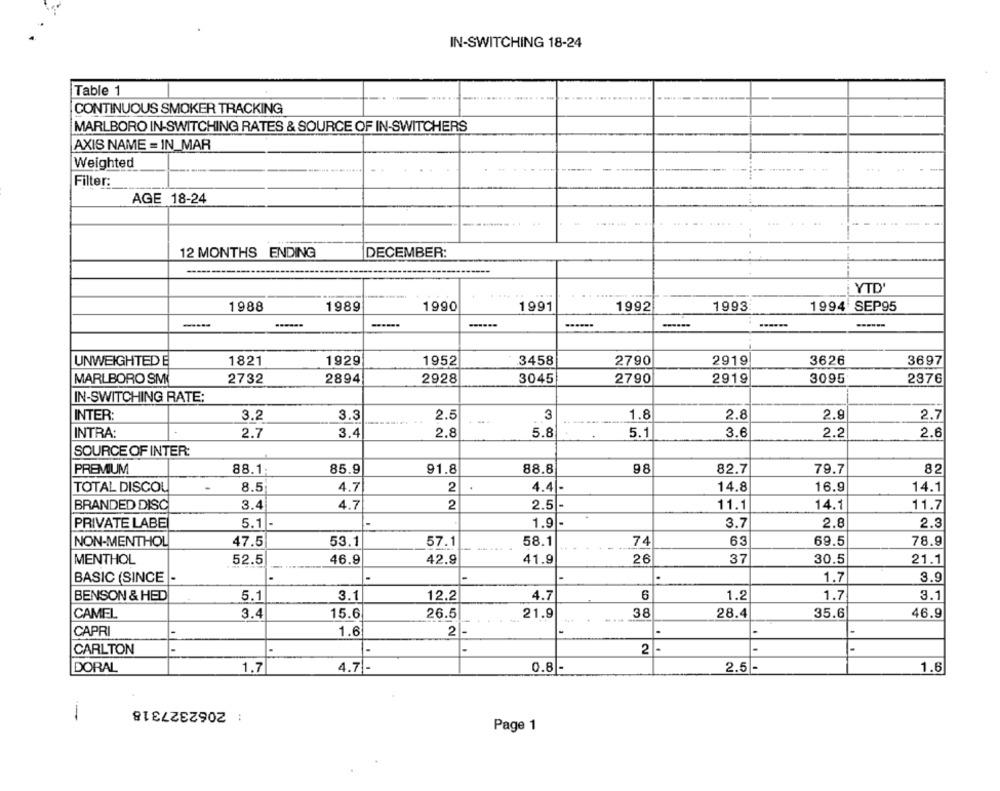
IN-SWITCHING 18-24
Table 1
CONTINUOUS SMOKER TRACKING
MARLBORO IN-SWITCHING RATES & SOURCE OF IN-SWITCHERS
AXIS NAME = IN_MAR
Weighted
Filter:
AGE 18-24
12 MONTHS ENDING
DECEMBER:
YTD'
1988
1989
1990
1991
1992
1993
1994 SEP95
----
------
------
UNWEIGHTED E
1821
1929
1952
3458
2790
2919
3626
3697
MARLBORO SM
2732
2894
2928
3045
2790
2919
3095
2876
IN-SWITCHING RATE:
INTER:
3.2
3.3
2.5
3
1.8
2.8
2.9
2.7
INTRA:
2.7
3.4
2.8
5.8
5.1
3.6
2.2
2.6
SOURCE OF INTER:
PREMIUM
88.1
85.9
91.8
88.8
98
82.7
79.7
82
TOTAL DISCOL
8.5
4.7
2
4.4|-
14.8
16.9
14.1
BRANDED DISC
3.4
4.7
2
2.5 -
11.1
14.1
11.7
PRIVATE LABE
5.1|
1.9
3.7
2.8
2.3
NON-MENTHOL
47.5
53.1
57.1
58.1
74
63
69.5
78.9
MENTHOL
52.5
46.9
42.9
41.9
26
37
30.5
21.1
BASIC (SINCE -
.
3.9
1.7
BENSON & HED
5.1
3.1
12.2
4.7
6
1.2
1.7
3.1
CAMEL
3.4
15.6
26.5
21.9
38
28.4
35.6
46.9
CAPRI
1.6
2
CARLTON
-
-
2
-
-
DORAL
1.7
4.7-
0.8 -
2.5|-
1.6
: 2062327318
Page 1